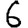
Digit: 6